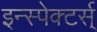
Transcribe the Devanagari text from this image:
इन्स्पेक्टर्स्